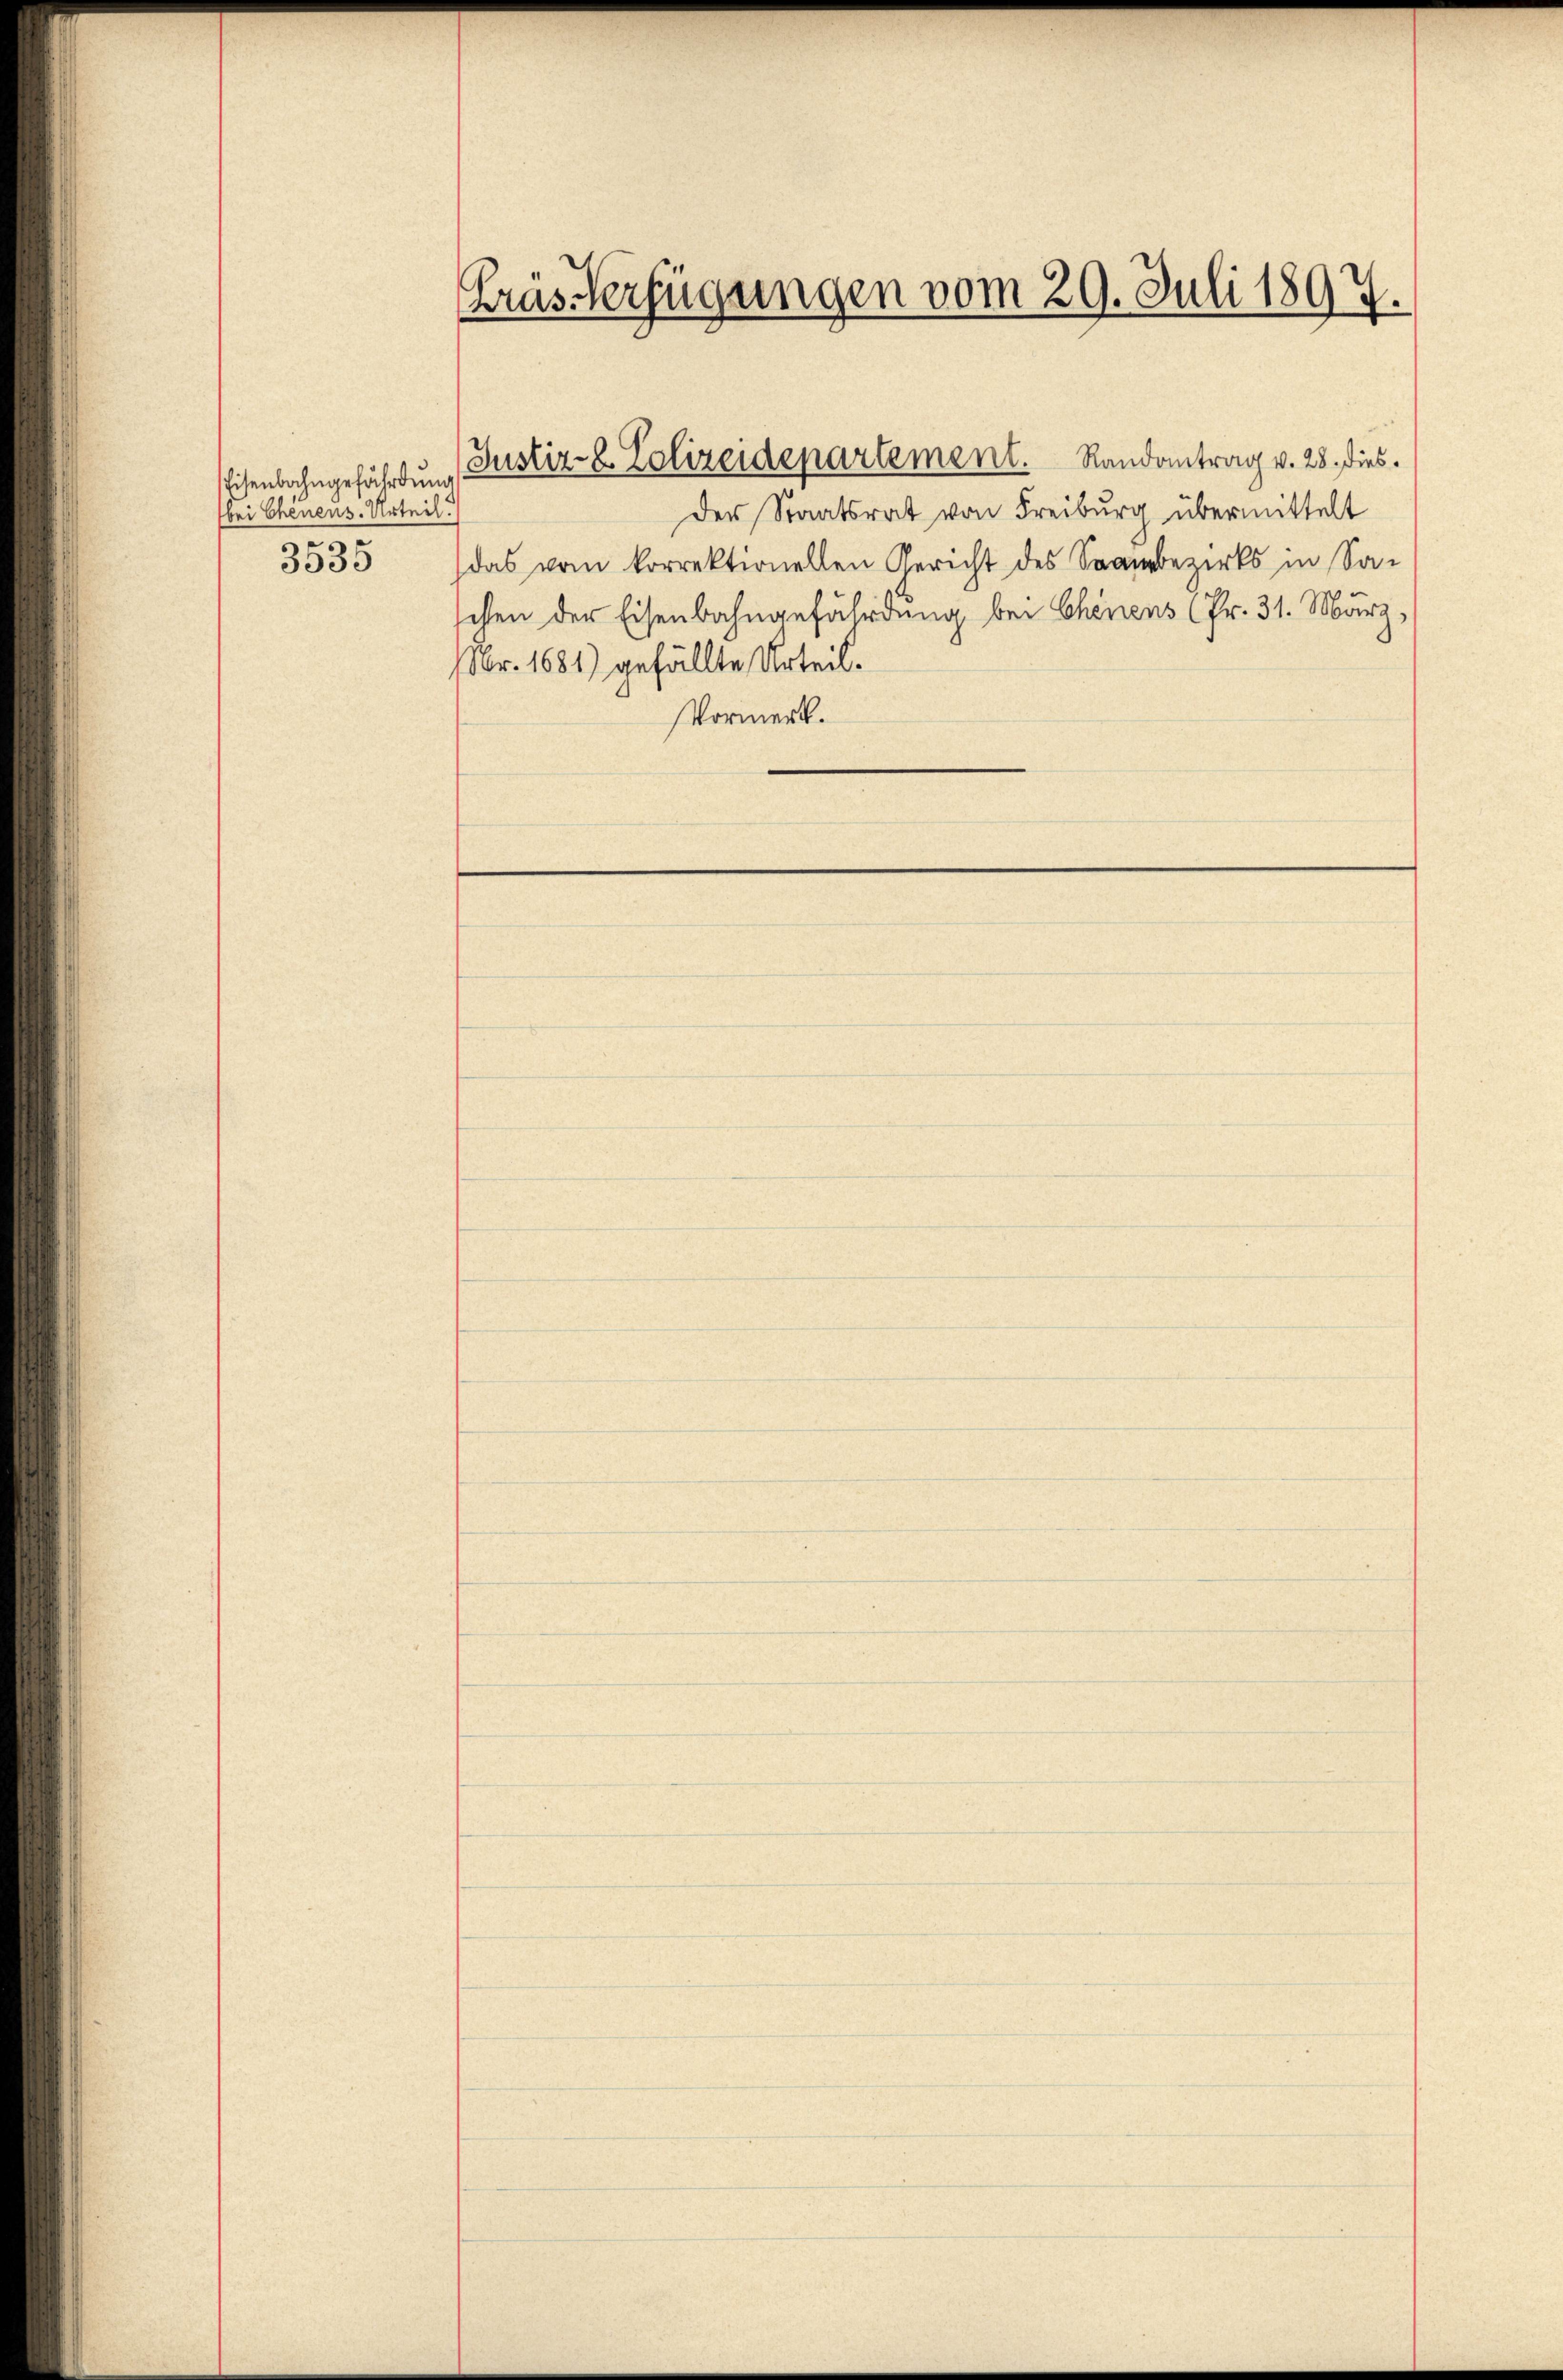
Eisenbahngefährdung
bei Chenens. Urteil.
3535

Haus Verfügungen vom 29. Juli 1897.

Justiz- & Zolizeidepartement. Randantrag v. 28. dies

Der Staatsrat von Freiburg übermittelt
das vom korrektionellen Gericht des Saarbezirks in Sa-
chen der Eisenbahngefährdung bei Chenens (Fr. 31. März,
Nr. 1681) gefällte Urteil.
Vormerk.